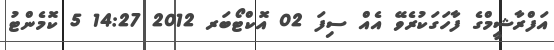
އަފްރާޝީމްގެ ފާހަގަކުރެވޭ އެއް ސިފަ 02 އޮކްޓޯބަރ 2012 14:27 5 ކޮމެންޓު